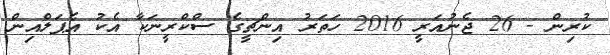
ކުރިން - 26 ޖެނުއަރީ 2016 ހަތަރު އިންޗީގެ ސްކްރީނަކާ އެކު އެޕަލްއިން